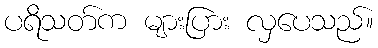
ပရိသတ်က များပြား လှပေသည်။